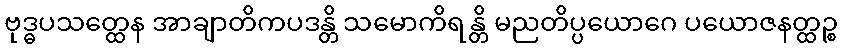
ဗုဒ္ဓပသတ္ထေန အာချာတိကပဒန္တိ သမောကိရန္တိ မညတိပ္ပယောဂေ ပယောဇနတ္ထဉ္စ